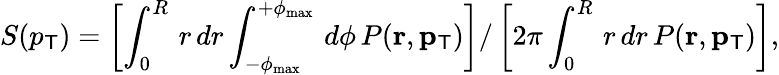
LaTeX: S(p_{\mathsf{T}})=\left[\int_{0}^{R}\, r\, dr\int_{-\phi_{\mathrm{{max}}}}^{+\phi_{\mathrm{{max}}}}\, d\phi\, P(\mathbf{{r}},\mathbf{{p}}_{\mathsf{T}})\right]/\left[2\pi\int_{0}^{R}\, r\, dr\, P(\mathbf{{r}},\mathbf{{p}}_{\mathsf{T}})\right],